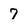
Character: 7